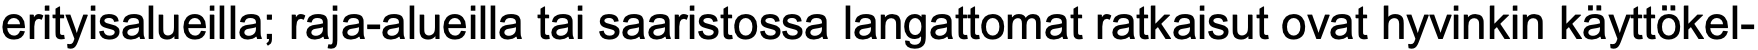
erityisalueilla; raja-alueilla tai saaristossa langattomat ratkaisut ovat hyvinkin käyttökel-